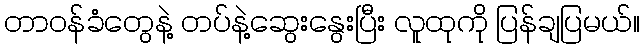
တာဝန်ခံတွေနဲ့ တပ်နဲ့ဆွေးနွေးပြီး လူထုကို ပြန်ချပြမယ်။